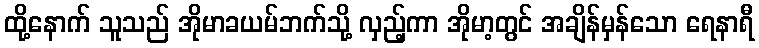
ထို့နောက် သူသည် အိုမာခယမ်ဘက်သို့ လှည့်ကာ အိုမာ့တွင် အချိန်မှန်သော ရေနာရီ